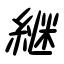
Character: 継